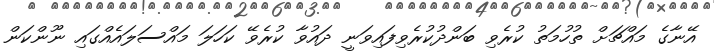
އޭނާގެ މައްޗަށް ތުހުމަތު ކުރެވި ބަންދުކުރެވިފައިވަނީ ދައުވާ ކުރެވޭ ކަހަލަ މައްސަލައެއްގައި ނޫންކަން